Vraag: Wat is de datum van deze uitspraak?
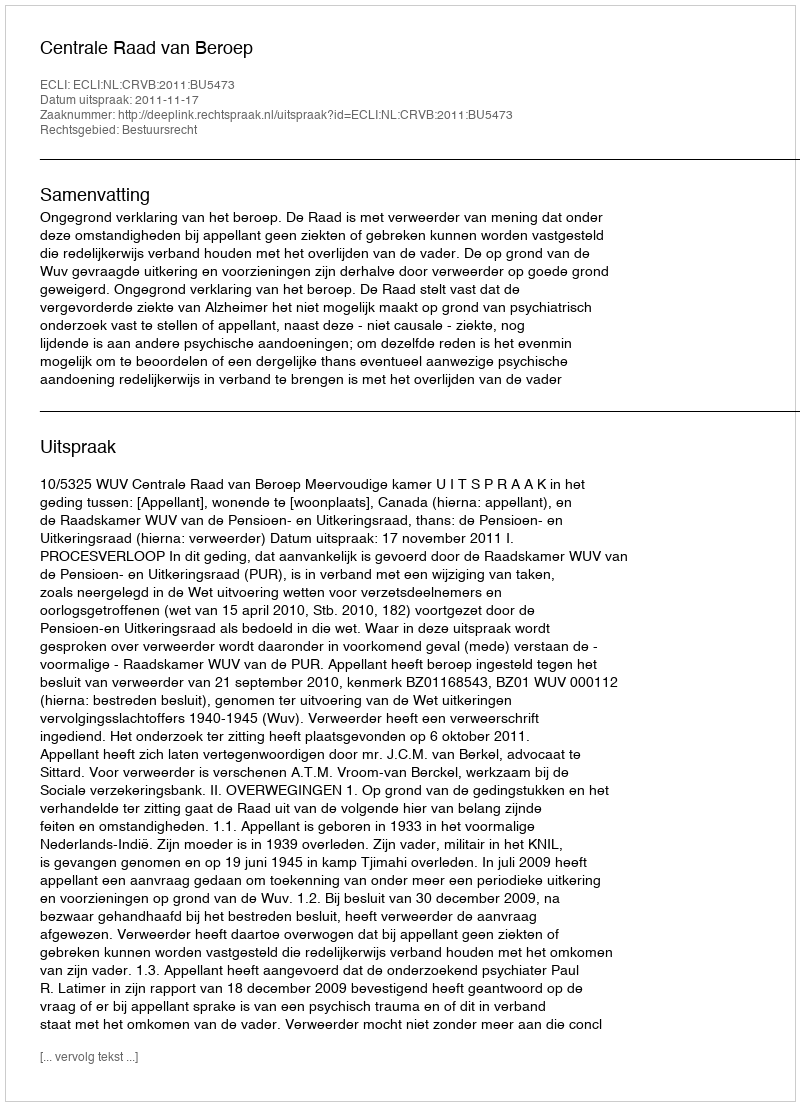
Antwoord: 2011-11-17